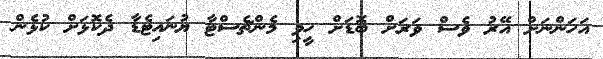
އަހަންނަށް އޭރު ވެސް ވަރަށް ބޮޑަށް ހީވި މެންޗެސްޓާ ޔުނައިޓެޑާ ދެކޮޅަށް ކުޅެން